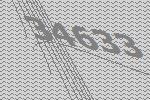
34633